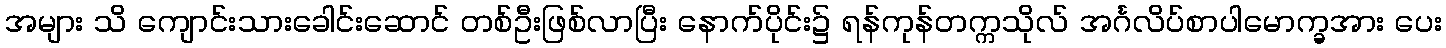
အများ သိ ကျောင်းသားခေါင်းဆောင် တစ်ဦးဖြစ်လာပြီး နောက်ပိုင်း၌ ရန်ကုန်တက္ကသိုလ် အင်္ဂလိပ်စာပါမောက္ခအား ပေး